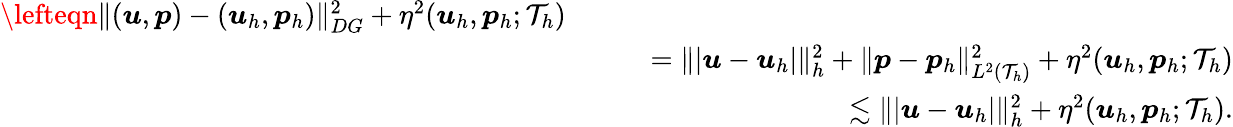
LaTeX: \begin{array}{rlr}{\lefteqn{\| (\boldsymbol{u},\boldsymbol{p})-(\boldsymbol{u}_{h},\boldsymbol{p}_{h})\| _{DG}^{2}+\eta^{2}(\boldsymbol{u}_{h},\boldsymbol{p}_{h};\mathcal{T}_{h})}}\\ &{}&{\quad=\| \vert\boldsymbol{u}-\boldsymbol{u}_{h}\vert\| _{h}^{2}+\| \boldsymbol{p}-\boldsymbol{p}_{h}\| _{L^{2}(\mathcal{T}_{h})}^{2}+\eta^{2}(\boldsymbol{u}_{h},\boldsymbol{p}_{h};\mathcal{T}_{h})}\\ &{}&{\quad\lesssim\| \vert\boldsymbol{u}-\boldsymbol{u}_{h}\vert\| _{h}^{2}+\eta^{2}(\boldsymbol{u}_{h},\boldsymbol{p}_{h};\mathcal{T}_{h}).}\end{array}